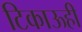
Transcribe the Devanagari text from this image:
टिकाऊही